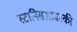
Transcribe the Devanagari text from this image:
स्टानिसलावस्की